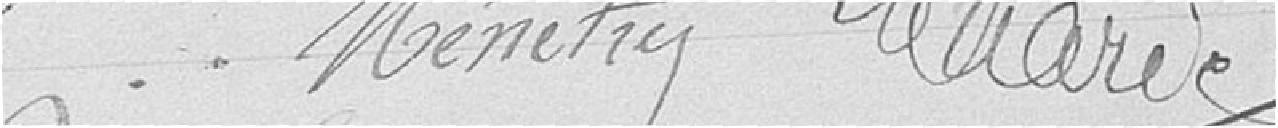
Ménétry Marie